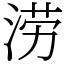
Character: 涝